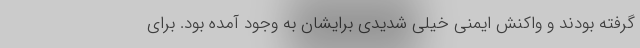
گرفته بودند و واکنش ایمنی خیلی شدیدی برایشان به وجود آمده بود. برای